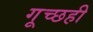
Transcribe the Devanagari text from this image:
गूच्छही